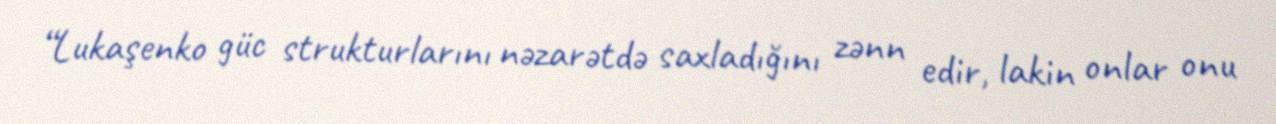
“Lukaşenko güc strukturlarını nəzarətdə saxladığını zənn edir, lakin onlar onu